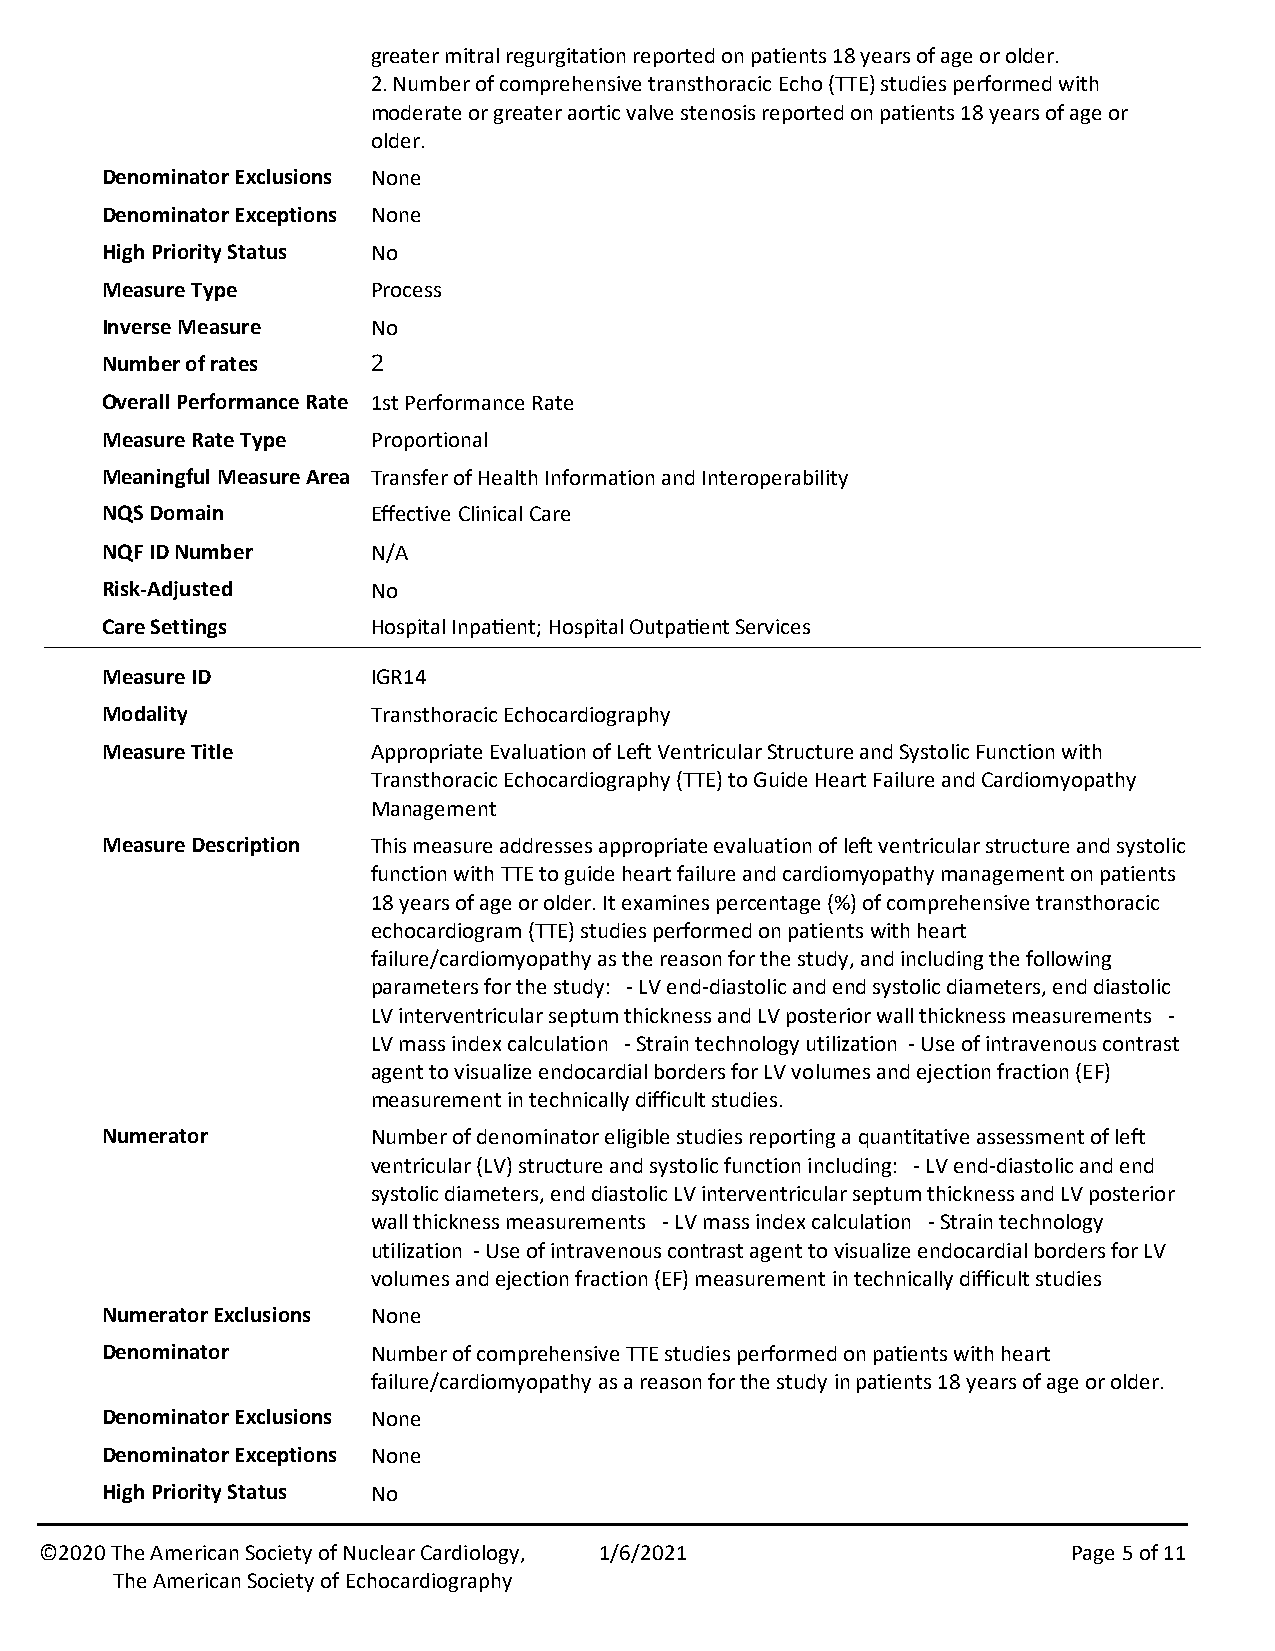
greater mitral regurgitation reported on patients 18 years of age or older.
 2. Number of comprehensive transthoracic Echo (TTE) studies performed with
 moderate or greater aortic valve stenosis reported on patients 18 years of age or
 older.
 Denominator Exclusions None
 Denominator Exceptions None
 High Priority Status No
 Measure Type      Process
 Inverse Measure   No
 Number of rates   2
 Overall Performance Rate 1st Performance Rate
 Measure Rate Type Proportional
 Meaningful Measure Area Transfer of Health Information and Interoperability
 NQS Domain        Effective Clinical Care
 NQF ID Number     N/A
 Risk-Adjusted     No
 Care Settings     Hospital Inpa7ent; Hospital Outpa7ent Services
 Measure ID        IGR14
 Modality          Transthoracic Echocardiography
 Measure Title     Appropriate Evaluation of Left Ventricular Structure and Systolic Function with
 Transthoracic Echocardiography (TTE) to Guide Heart Failure and Cardiomyopathy
 Management
 Measure Description This measure addresses appropriate evaluation of left ventricular structure and systolic
 function with TTE to guide heart failure and cardiomyopathy management on patients
 18 years of age or older. It examines percentage (%) of comprehensive transthoracic
 echocardiogram (TTE) studies performed on patients with heart
 failure/cardiomyopathy as the reason for the study, and including the following
 parameters for the study: -LV end-diastolic and end systolic diameters, end diastolic
 LV interventricular septum thickness and LV posterior wall thickness measurements -
 LV mass index calculation -Strain technology utilization -Use of intravenous contrast
 agent to visualize endocardial borders for LV volumes and ejection fraction (EF)
 measurement in technically difficult studies.
 Numerator         Number of denominator eligible studies reporting a quantitative assessment of left
 ventricular (LV) structure and systolic function including: -LV end-diastolic and end
 systolic diameters, end diastolic LV interventricular septum thickness and LV posterior
 wall thickness measurements -LV mass index calculation -Strain technology
 utilization -Use of intravenous contrast agent to visualize endocardial borders for LV
 volumes and ejection fraction (EF) measurement in technically difficult studies
 Numerator Exclusions None
 Denominator       Number of comprehensive TTE studies performed on patients with heart
 failure/cardiomyopathy as a reason for the study in patients 18 years of age or older.
 Denominator Exclusions None
 Denominator Exceptions None
 High Priority Status No
 ©2020 The American Society of Nuclear Cardiology, 1/6/2021          Page 5 of 11
 The American Society of Echocardiography